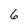
Character: 6